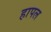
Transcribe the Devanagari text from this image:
हापल